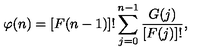
\varphi ( n ) = [ F ( n - 1 ) ] ! \sum _ { j = 0 } ^ { n - 1 } \frac { G ( j ) } { [ F ( j ) ] ! } ,